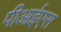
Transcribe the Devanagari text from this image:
पीआईएस